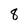
Character: 8